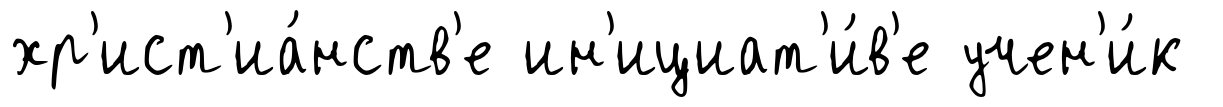
хр'ист'иа́нств'е ин'ициат'и́в'е учен'и́к